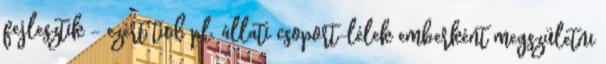
fejlesztik - ezért tud pl. állati csoport-lélek emberként megszületni